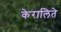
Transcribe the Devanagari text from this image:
केरालिते